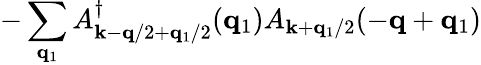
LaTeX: -\sum_{{\mathbf{q}}_{1}}A_{{\mathbf{k}}-{\mathbf{q}}/2+{\mathbf{q}}_{1}/2}^{\dagger}({\mathbf{q}}_{1})A_{{\mathbf{k}}+{\mathbf{q}}_{1}/2}(-{\mathbf{q}}+{\mathbf{q}}_{1})